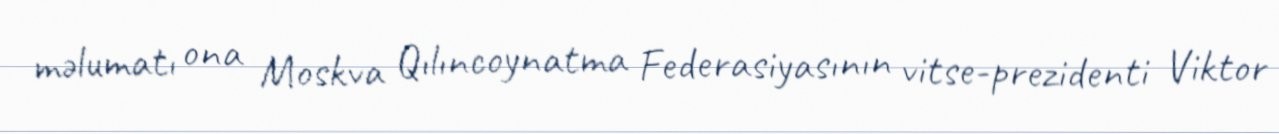
məlumatı ona Moskva Qılıncoynatma Federasiyasının vitse-prezidenti Viktor